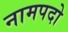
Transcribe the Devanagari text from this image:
नामपदो